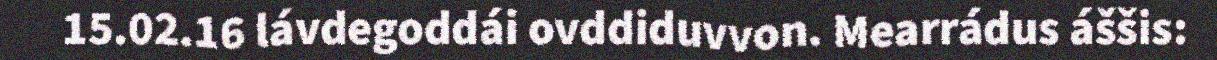
15.02.16 lávdegoddái ovddiduvvon. Mearrádus áššis: